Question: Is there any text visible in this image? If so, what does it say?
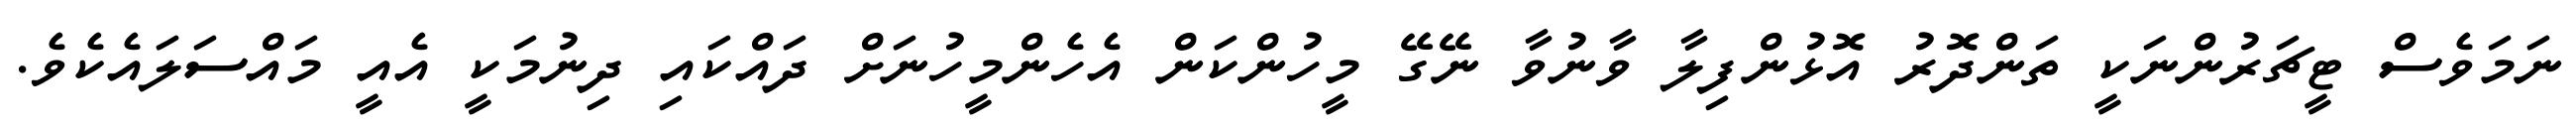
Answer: ނަމަވެސް ޓީޗަރުންނަކީ ތަންދޮރު އޮޅުންފިލާ ވާނުވާ ނޭގޭ މީހުންކަން އެހެންމީހުނަށް ދައްކައި ދިނުމަކީ އެއީ މައްސަލައެކެވެ.